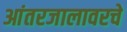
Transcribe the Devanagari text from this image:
आंतरजालावरचे